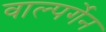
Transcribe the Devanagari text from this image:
वाल्पर्गेन